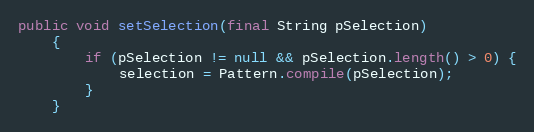
Language: Java
public void setSelection(final String pSelection)
    {
        if (pSelection != null && pSelection.length() > 0) {
            selection = Pattern.compile(pSelection);
        }
    }